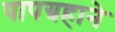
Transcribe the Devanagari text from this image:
पापग्रहाने